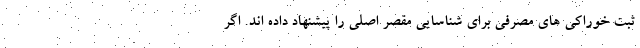
ثبت خوراکی های مصرفی برای شناسایی مقصر اصلی را پیشنهاد داده اند. اگر